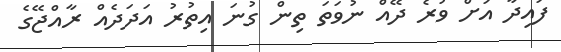
ފައިދާ އަށް ވުރެ ދޭއް ނުވަތަ ތިން ގުނަ އިތުރު އަދަދެއް ރާއްޖޭގެ